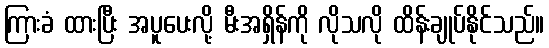
ကြားခံ ထားပြီး အပူပေးလို့ မီးအရှိန်ကို လိုသလို ထိန်းချုပ်နိုင်သည်။